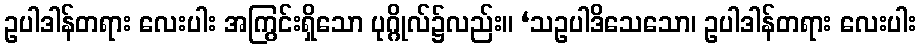
ဥပါဒါန်တရား လေးပါး အကြွင်းရှိသော ပုဂ္ဂိုလ်၌လည်း။ ‘သဥပါဒိသေသော၊ ဥပါဒါန်တရား လေးပါး